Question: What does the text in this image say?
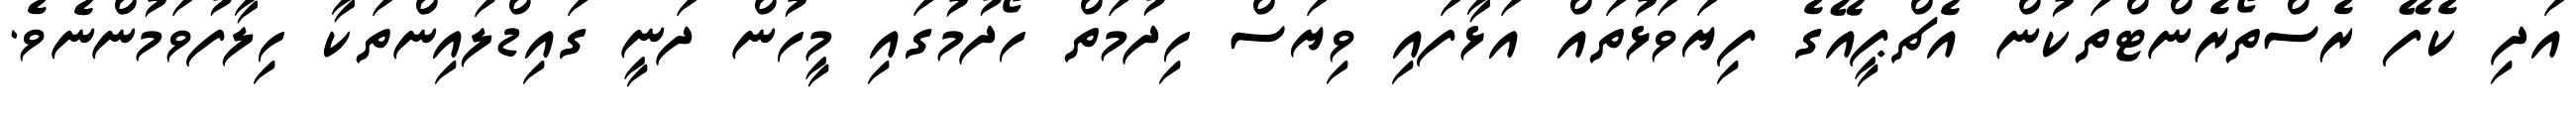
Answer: އަދި ކެފޭ ރެސްތޯރެންޓްތަކުން އެޗްޕީއޭގެ ފިޔަވަޅުތައް އަޅާފައި ވިޔަސް ހިދުމަތް ހޯދުމުގައި މީހުން ދަނީ ގައިޑްލައިންތަކާ ހިލާފުވަމުންނެވެ.